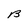
Character: B